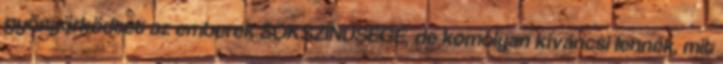
gyönyörködtet az emberek SOKSZÍNŰSÉGE, de komolyan kíváncsi lennék, mit